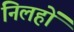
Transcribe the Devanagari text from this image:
निलहों